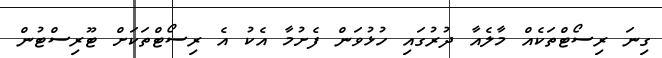
ގިނަ ރިސޯޓްތަކެއް މާލެއާ ދުރުގައި ހުޅުވަން ފެށުމާ އެކު އެ ރިސޯޓްތަކަށް ޓޫރިސްޓުން